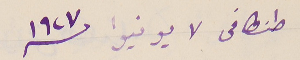
طنطا فى لا يونيوا سنة ١٩٢٧